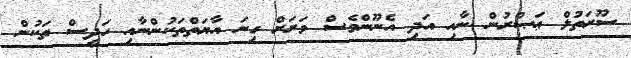
ސޫރަތުލް ޢަޞްރުން ނާއި އަދި އެނޫންވެސް ވަރަށް ގިނަ އާޔަތްތަކުންނާއި ހަދީސް ތަކުން